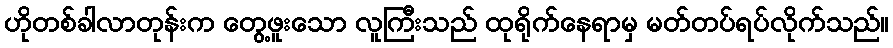
ဟိုတစ်ခါလာတုန်းက တွေ့ဖူးသော လူကြီးသည် ထုရိုက်နေရာမှ မတ်တပ်ရပ်လိုက်သည်။